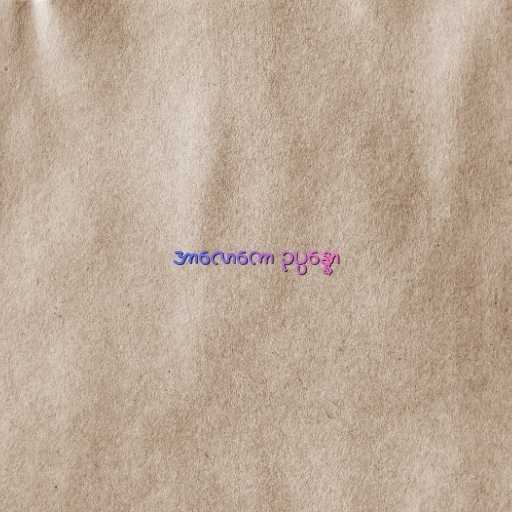
အာလောကော ဥပ္ပန္နော